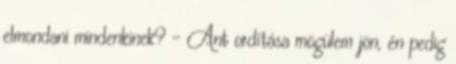
elmondani mindenkinek? - Ant ordítása mögülem jön, én pedig